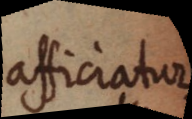
afficiatur